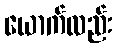
ယောက်လည်း